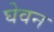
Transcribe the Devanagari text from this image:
घेवन